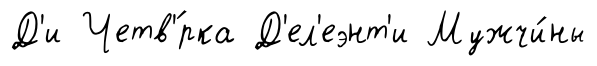
Д'и Четв'́рка Д'ел'еэнт'и Мужчи́ны